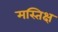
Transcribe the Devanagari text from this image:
मस्तिक्ष